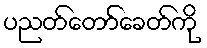
ပညတ်တော်ခေတ်ကို